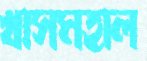
খাসমহাল